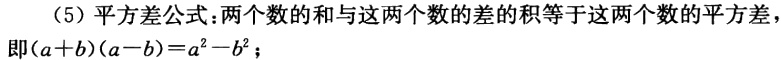
（5）平方差公式：两个数的和与这两个数的差的积等于这两个数的平方差，
即\((a + b)(a - b)=a^{2}-b^{2}\)；